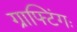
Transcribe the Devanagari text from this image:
ग्राफ्टिंगः